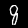
Label: 8